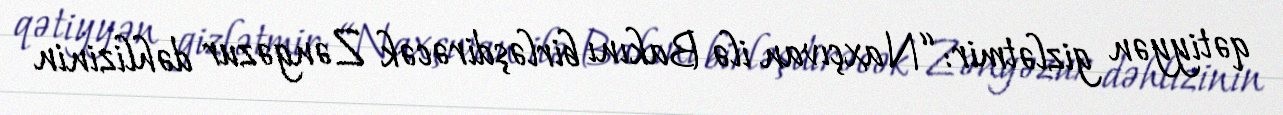
qətiyyən gizlətmir: “Naxçıvan ilə Bakını birləşdirəcək Zəngəzur dəhlizinin